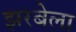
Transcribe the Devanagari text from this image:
झरबेला